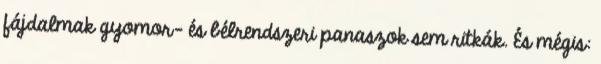
fájdalmak gyomor– és bélrendszeri panaszok sem ritkák. És mégis: